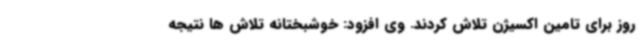
روز برای تامین اکسیژن تلاش کردند. وی افزود: خوشبختانه تلاش ها نتیجه